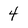
Character: 4